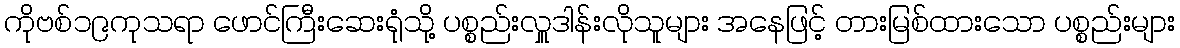
ကိုဗစ်၁၉ကုသရာ ဖောင်ကြီးဆေးရုံသို့ ပစ္စည်းလှူဒါန်းလိုသူများ အနေဖြင့် တားမြစ်ထားသော ပစ္စည်းများ